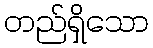
တည်ရှိသော